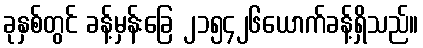
ခုနှစ်တွင် ခန့်မှန်းခြေ ၂၁၅၄၂၆ယောက်ခန့်ရှိသည်။